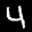
Label: 4